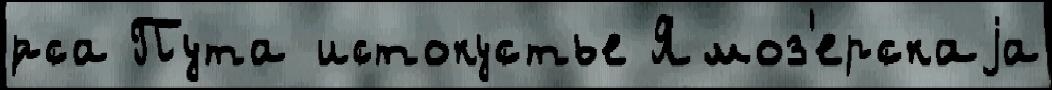
́рса Пута истокустье Ямоз'ерскаjа